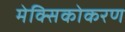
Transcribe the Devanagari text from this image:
मेक्सिकोकरण